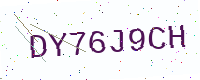
Text: DY76J9CH